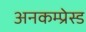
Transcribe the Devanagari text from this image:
अनकम्प्रेस्ड